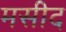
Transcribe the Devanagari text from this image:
मसीद